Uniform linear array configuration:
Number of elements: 48
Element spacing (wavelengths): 0.25
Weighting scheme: binomial
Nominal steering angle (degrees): -60
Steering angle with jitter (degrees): -59.316
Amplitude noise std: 0.05
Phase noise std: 0.05

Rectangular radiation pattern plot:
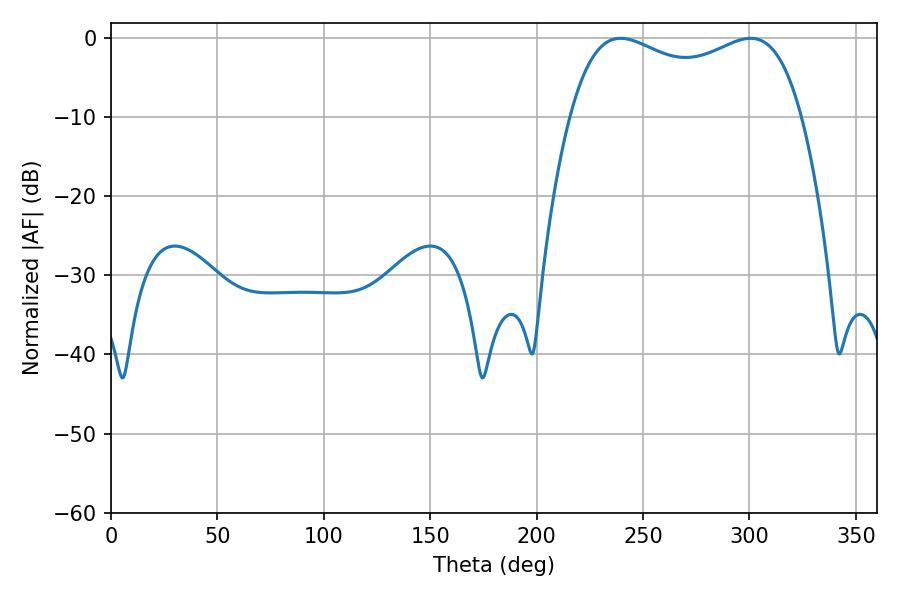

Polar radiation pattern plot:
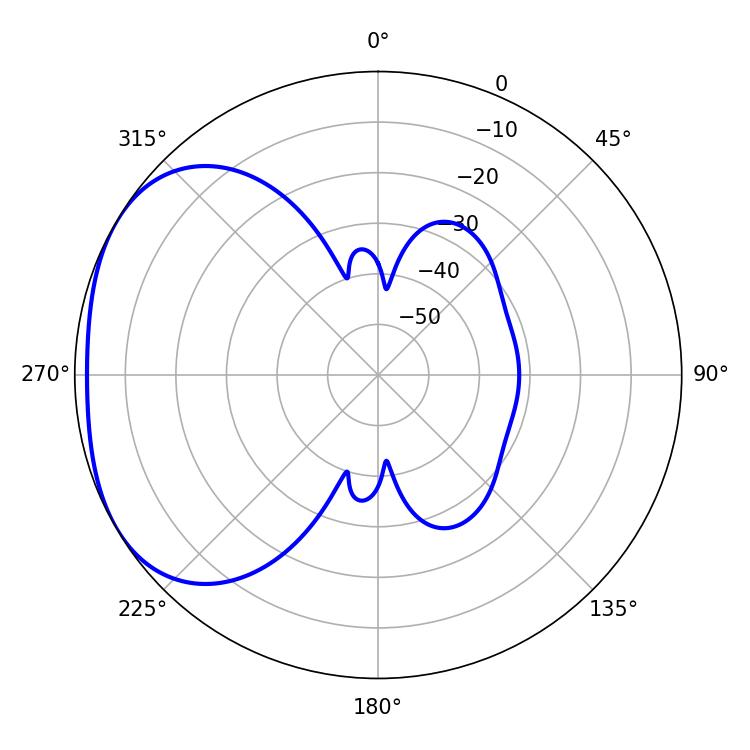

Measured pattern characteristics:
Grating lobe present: FALSE
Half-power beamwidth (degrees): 89.64
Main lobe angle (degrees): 239.4